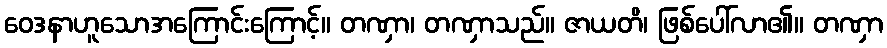
ဝေဒနာဟူသောအကြောင်းကြောင့်။ တဏှာ၊ တဏှာသည်။ ဇာယတိ၊ ဖြစ်ပေါ်လာ၏။ တဏှာ